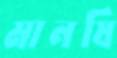
মানষি